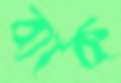
ব্যাক